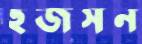
হজসন